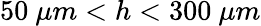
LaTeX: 50~\mu m<h<300~\mu m